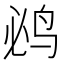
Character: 𮭤